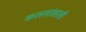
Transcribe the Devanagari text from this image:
कलमांखाली